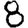
Digit: 8